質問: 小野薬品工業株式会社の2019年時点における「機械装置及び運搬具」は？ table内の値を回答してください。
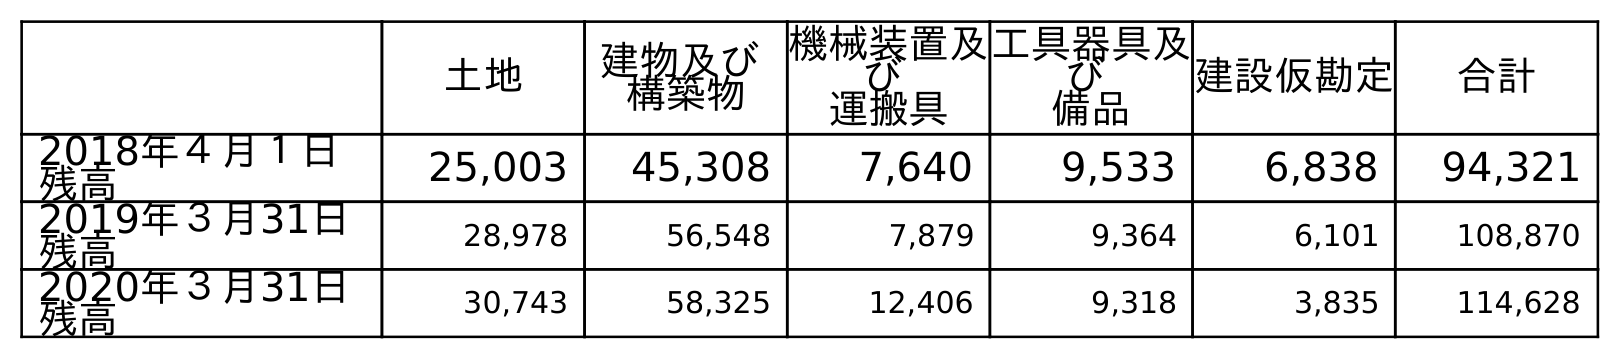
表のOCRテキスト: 土地 建物及び 構築物 機械装置及 び 運搬具 工具器具及 び 備品 建設仮勘定 合計 2018年４月１日 残高 25,003 45,308 7,640 9,533 6,838 94,321 2019年３月31日 残高 28,978 56,548 7,879 9,364 6,101 108,870 2020年３月31日 残高 30,743 58,325 12,406 9,318 3,835 114,628
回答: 7,879